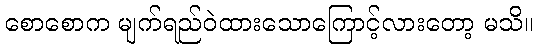
စောစောက မျက်ရည်ဝဲထားသောကြောင့်လားတော့ မသိ။